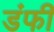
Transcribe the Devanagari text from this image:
डंफी